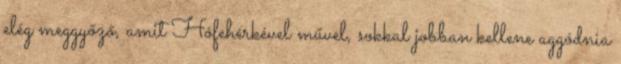
elég meggyőző, amit Hófehérkével művel, sokkal jobban kellene aggódnia